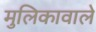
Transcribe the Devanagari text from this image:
मुलिकावाले